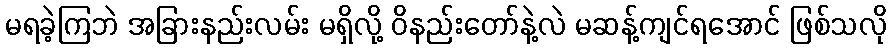
မရခဲ့ကြဘဲ အခြားနည်းလမ်း မရှိလို့ ဝိနည်းတော်နဲ့လဲ မဆန့်ကျင်ရအောင် ဖြစ်သလို